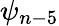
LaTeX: \psi_{n-5}